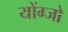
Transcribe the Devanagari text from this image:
योंग्जो